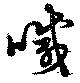
喊